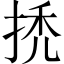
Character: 𢬳